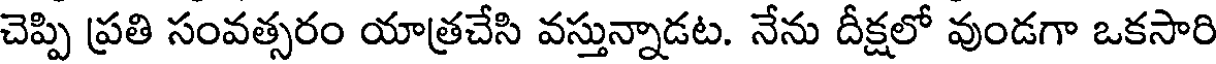
చెప్పి ప్రతి సంవత్సరం యాత్రచేసి వస్తున్నాడట. నేను దీక్షలో వుండగా ఒకసారి